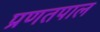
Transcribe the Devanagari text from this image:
प्रणतपाल